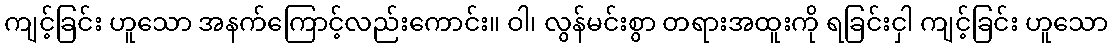
ကျင့်ခြင်း ဟူသော အနက်ကြောင့်လည်းကောင်း။ ဝါ၊ လွန်မင်းစွာ တရားအထူးကို ရခြင်းငှါ ကျင့်ခြင်း ဟူသော